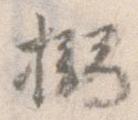
搦